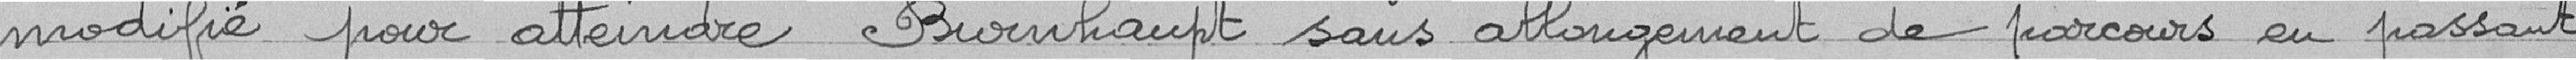
modifié pour atteindre Burnhaupt sans allongement de parcours en passant